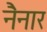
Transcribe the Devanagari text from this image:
नैनार